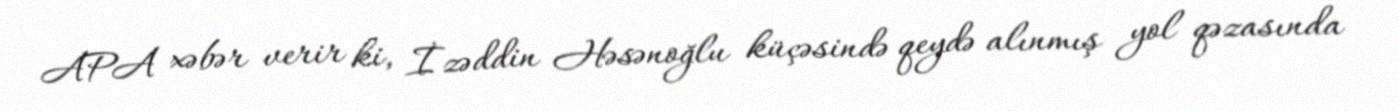
APA xəbər verir ki, İzəddin Həsənoğlu küçəsində qeydə alınmış yol qəzasında